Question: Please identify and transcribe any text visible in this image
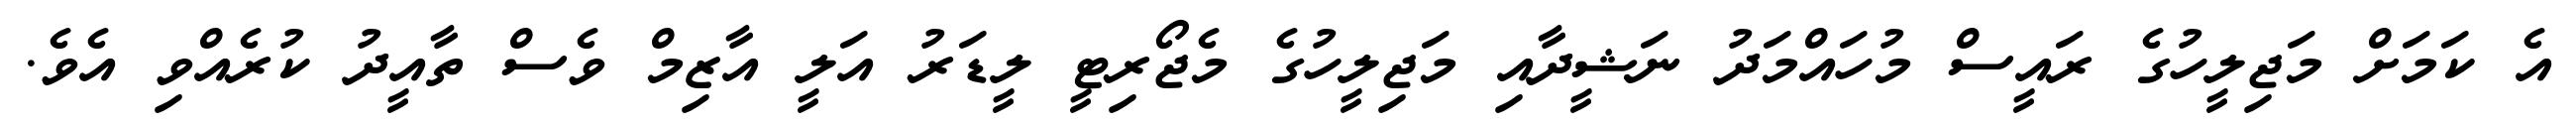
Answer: އެ ކަމަށް މަޖިލީހުގެ ރައީސް މުހައްމަދު ނަޝީދާއި މަޖިލީހުގެ މެޖޯރިޓީ ލީޑަރު އަލީ އާޒިމް ވެސް ތާއީދު ކުރެއްވި އެވެ.